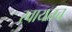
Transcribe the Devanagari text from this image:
स्वायत्तच